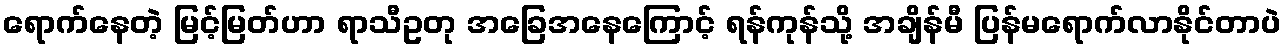
ရောက်နေတဲ့ မြင့်မြတ်ဟာ ရာသီဥတု အခြေအနေကြောင့် ရန်ကုန်သို့ အချိန်မီ ပြန်မရောက်လာနိုင်တာပဲ